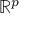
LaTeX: \mathbb { R } ^ { p }